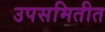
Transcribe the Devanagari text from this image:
उपसमितीत